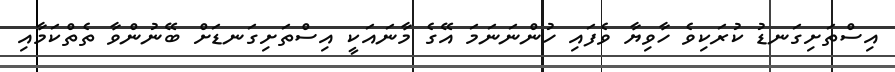
އިސްތަށިގަނޑު ކުރަކިވެ ހާވިޔާ ވެފައި ހުންނަނަމަ އޭގެ މާނައަކީ އިސްތަށިގަނޑަށް ބޭނުންވާ ތެތްކަމާއި